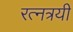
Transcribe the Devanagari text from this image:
रत्नत्रयी